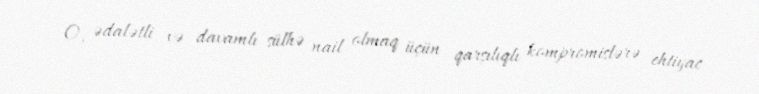
O, ədalətli və davamlı sülhə nail olmaq üçün qarşılıqlı kompromislərə ehtiyac